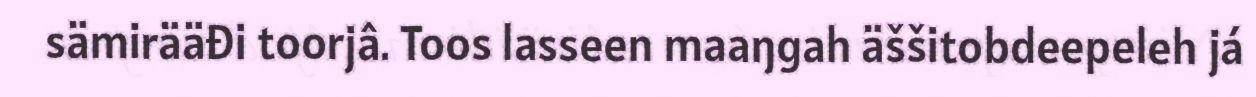
sämirääđi toorjâ. Toos lasseen maaŋgah äššitobdeepeleh já